Report of an investigation into the causes of malaria in Bombay and the measures necessary for its control
Disease focus: Malaria
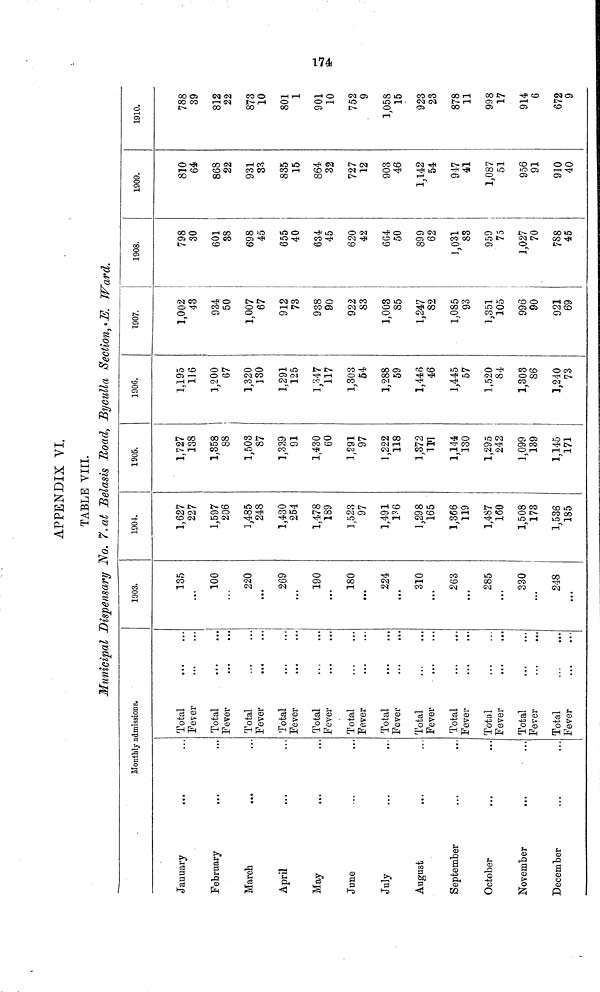
174
APPENDIX VI.
TABLE VIII.
Municipal Dispensary -No. 7.at Belasis Road, Byculla Section, E. Ward.
Monthly admissions.
January
February
March
...
April
May
V
June
July
August
September
October
November
December
Total
Fever
Total
Fever
Total
Fever
Total
Fever
Total
Fever
Total
Fever
Total
Fever
Total
Fever
Total
Fever
Total
Fever
Total
Fever
Total
Fever
1903.
135
...
100
220
269
190
...
180
...
224
...
310
...
263
...
285
...
330
...
248
...
1904.
1,627
227
1,597
206
1,485
248
1,430
254
1,478
189
1,523
97
1,491
136
1,298
165
1,366
119
1,487
160
1,508
173
1,536
185
1905.
1,727
138
1,358
88
1,503
87
1,339
91
1,430
60
1,291
97
1,222
118
1,372
111
1,144
130
1,295
242
1,099
139
1,145
171
1906.
1,195
116
1,200
67
1,320
130
1,291
125
1,347
117
1,303
54
1,288
59
1,446
46
1,445
57
1,520
84
1,303
86
1,240
73
1907.
1,002
43
934
50
1,007
67
912
73
938
90
922
83
1,003
85
1,247
82
1,085
93
1,351
105
996
90
921
69
1908.
798
30
601
38
698
45
655
40
634
45
620
42
664
50
899
62
1,031
83
959
75
1,027
70
788
45
1909.
810
64
868
22
931
33
835
15
864
32
727
12
903
46
1,142
54
947
41
1,087
51
956
91
910
40
1910.
788
39
812
22
873
10
801
1
901
10
752
9
1,058
15
923
23
878
11
998
17
914
6
672
9